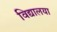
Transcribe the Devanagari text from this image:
विद्यालया